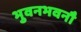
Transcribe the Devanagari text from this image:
भुवनभवनौ